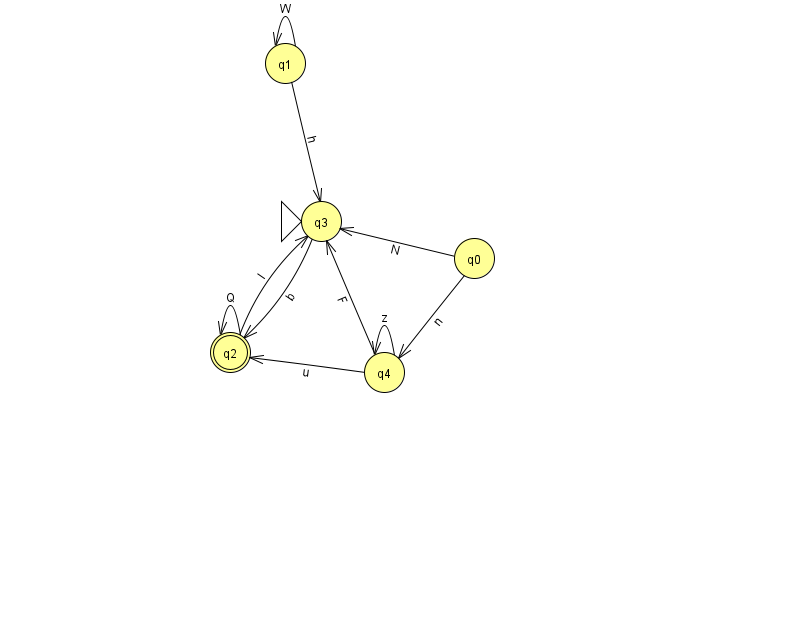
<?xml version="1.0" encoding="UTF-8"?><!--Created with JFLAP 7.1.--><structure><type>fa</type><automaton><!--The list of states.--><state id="0" name="q0"><x>474.0</x><y>245.0</y></state><state id="1" name="q1"><x>285.0</x><y>50.0</y></state><state id="2" name="q2"><x>230.0</x><y>339.0</y><final/></state><state id="3" name="q3"><x>321.0</x><y>208.0</y><initial/></state><state id="4" name="q4"><x>384.0</x><y>359.0</y></state><!--The list of transitions.--><transition><from>2</from><to>2</to><read>Q</read></transition><transition><from>1</from><to>3</to><read>h</read></transition><transition><from>0</from><to>4</to><read>n</read></transition><transition><from>0</from><to>3</to><read>N</read></transition><transition><from>1</from><to>1</to><read>W</read></transition><transition><from>2</from><to>3</to><read>l</read></transition><transition><from>4</from><to>3</to><read>F</read></transition><transition><from>3</from><to>2</to><read>b</read></transition><transition><from>4</from><to>4</to><read>z</read></transition><transition><from>4</from><to>2</to><read>u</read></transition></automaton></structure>